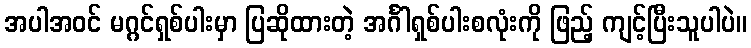
အပါအဝင် မဂ္ဂင်ရှစ်ပါးမှာ ပြဆိုထားတဲ့ အင်္ဂါရှစ်ပါးစလုံးကို ဖြည့် ကျင့်ပြီးသူပါပဲ။